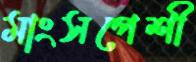
মাংসপেশী